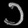
Digit: ၁